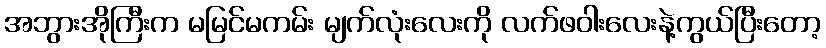
အဘွားအိုကြီးက မမြင်မကမ်း မျက်လုံးလေးကို လက်ဖဝါးလေးနဲ့ကွယ်ပြီးတော့